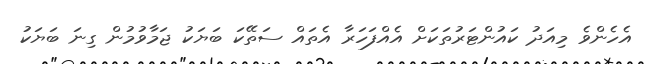
އެހެންވެ މިއަދު ކައުންޓަރުތަކަށް އެއްފަހަރާ އެތައް ސަތޭކަ ބަޔަކު ޖަމާވުމުން ގިނަ ބަޔަކު